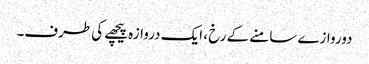
دوروازے سامنے کے رخ ، ایک دروازہ پیچھے کی طرف۔